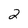
Character: 2